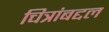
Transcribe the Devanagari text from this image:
चित्रांबद्दल